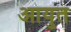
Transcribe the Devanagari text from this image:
आयुत